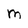
Character: M